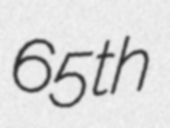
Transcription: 65th